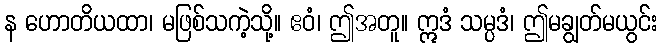
န ဟောတိယထာ၊ မဖြစ်သကဲ့သို့။ ဧဝံ၊ ဤအတူ။ ဣဒံ သမ္ပဒံ၊ ဤမချွတ်မယွင်း